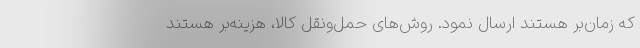
که زمان‌بر هستند ارسال نمود. روش‌های حمل‌ونقل کالا، هزینه‌بر هستند